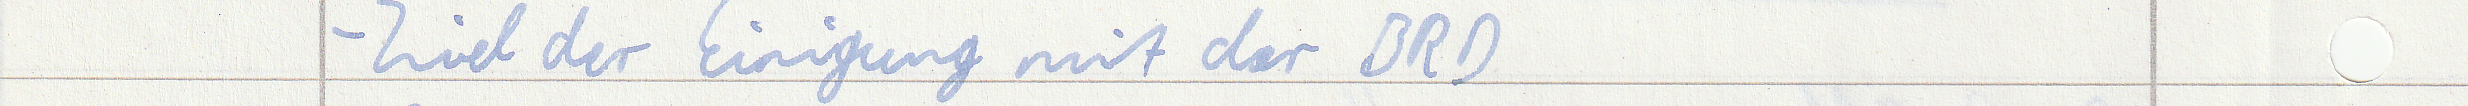
- Ziel der Einigung mit der BRD